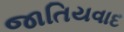
જાતિયવાદ